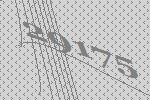
29175